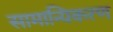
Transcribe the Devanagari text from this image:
सामान्यिकरण